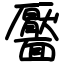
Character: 靨